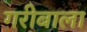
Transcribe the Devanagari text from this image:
गरीबाला